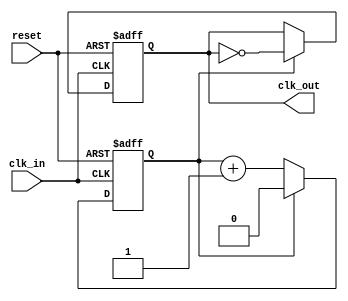
module clock_divider_buffer #(
    parameter DIV_FACTOR = 2 // Default division factor
)(
    input wire clk_in,        // Input Clock
    input wire reset,         // Asynchronous Reset
    output reg clk_out        // Output Divided Clock
);

    // Internal counter
    reg [$clog2(DIV_FACTOR)-1:0] counter; // Counter size based on DIV_FACTOR

    // Always block for clock division
    always @(posedge clk_in or posedge reset) begin
        if (reset) begin
            counter <= 0;           // Reset counter
            clk_out <= 0;          // Reset output clock
        end else begin
            if (counter == (DIV_FACTOR - 1)) begin
                clk_out <= ~clk_out; // Toggle clock output
                counter <= 0;        // Reset counter
            end else begin
                counter <= counter + 1; // Increment counter
            end
        end
    end

endmodule